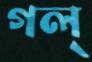
গল্